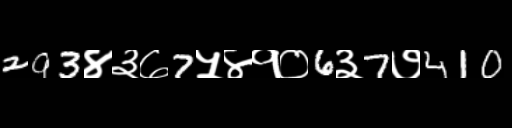
Text: 293४३७7५४१०6३7७410